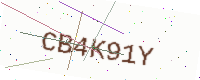
Text: CB4K91Y